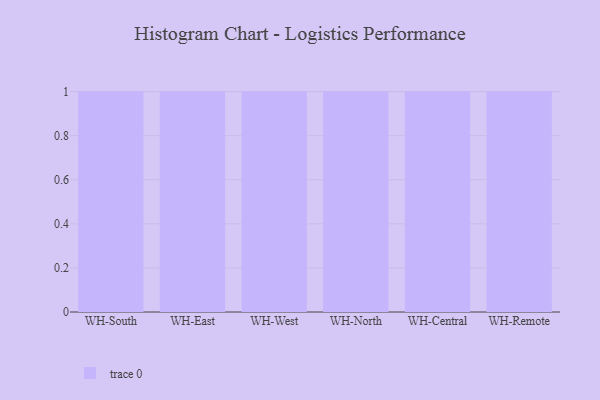
{"axis": {"x": "Warehouse", "y": "Page Views"}, "legend": [""], "data": [{"x": "WH-South", "y": 31, "type": ""}, {"x": "WH-East", "y": 65, "type": ""}, {"x": "WH-West", "y": 15, "type": ""}, {"x": "WH-North", "y": 40, "type": ""}, {"x": "WH-Central", "y": 52, "type": ""}, {"x": "WH-Remote", "y": 33, "type": ""}]}